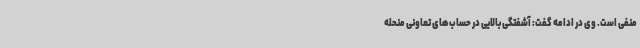
منفی است. وی در ادامه گفت: آشفتگی بالایی در حساب‌های تعاونی منحله